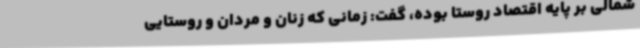
شمالی بر پایه اقتصاد روستا بوده، گفت: زمانی که زنان و مردان و روستایی